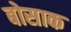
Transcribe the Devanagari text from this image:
बोसाक